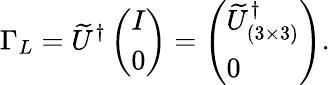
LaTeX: \Gamma_{L}=\widetilde U^{\dagger}\left(\begin{array}{l}{{I}}\\ {{0}}\end{array}\right)=\left(\begin{array}{l}{{\widetilde U_{(3\times 3)}^{\dagger}}}\\ {{0}}\end{array}\right).